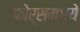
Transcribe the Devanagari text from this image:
फोर्समध्ये